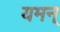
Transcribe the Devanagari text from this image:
यमन्